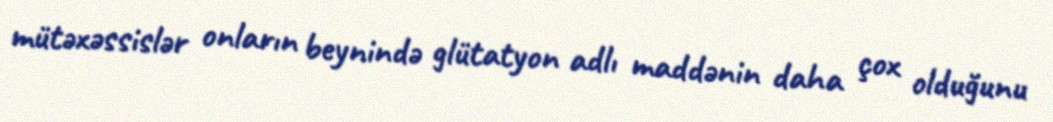
mütəxəssislər onların beynində glütatyon adlı maddənin daha çox olduğunu